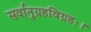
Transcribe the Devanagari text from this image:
सर्वानुग्रहविग्रहः।